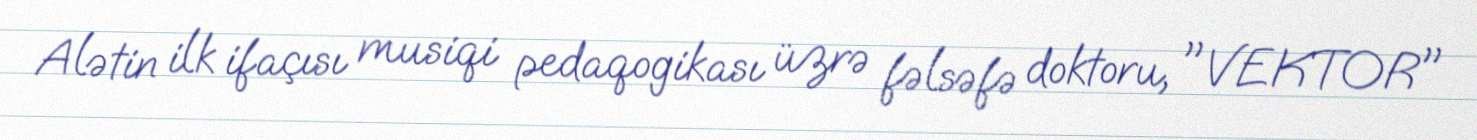
Alətin ilk ifaçısı musiqi pedaqogikası üzrə fəlsəfə doktoru, "VEKTOR"